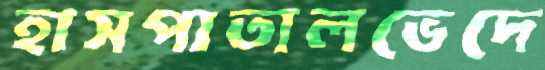
হাসপাতালভেদে